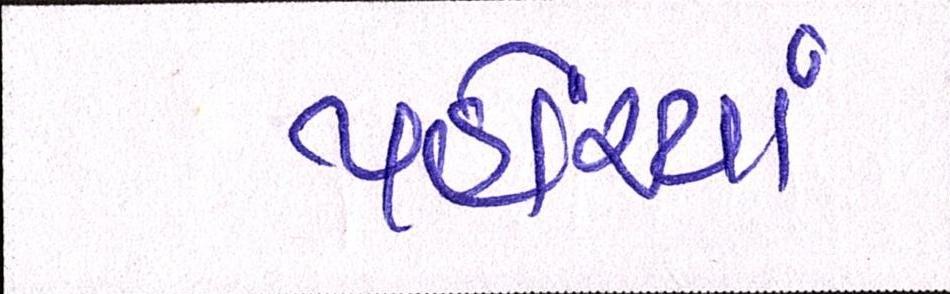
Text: પહોંચ્યાં